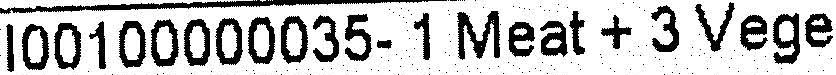
I00100000035- 1 MEAT + 3 VEGE